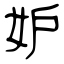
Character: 妒